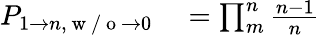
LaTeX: \begin{array}{rl}{P_{1\to n,\mathrm{~w~/~o~}\to 0}}&{{}=\prod_{m}^{n}\frac{n-1}{n}}\end{array}